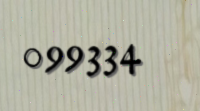
099334